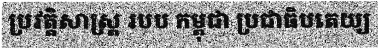
ប្រវត្តិសាស្ត្រ របប កម្ពុជា ប្រជាធិបតេយ្យ